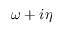
\omega + i \eta